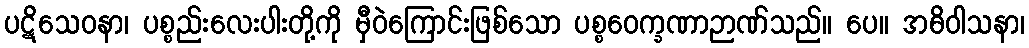
ပဋိသေဝနာ၊ ပစ္စည်းလေးပါးတို့ကို မှီဝဲကြောင်းဖြစ်သော ပစ္စဝေက္ခဏာဉာဏ်သည်။ ပေ။ အဓိဝါသနာ၊